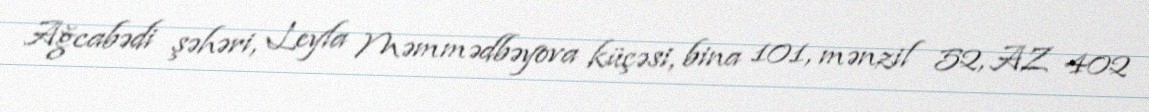
Ağcabədi şəhəri, Leyla Məmmədbəyova küçəsi, bina 101, mənzil 52, AZ 402